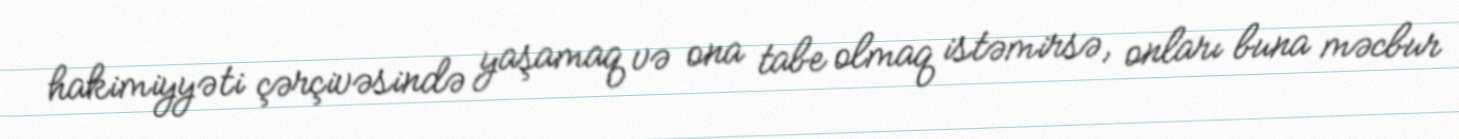
hakimiyyəti çərçivəsində yaşamaq və ona tabe olmaq istəmirsə, onları buna məcbur